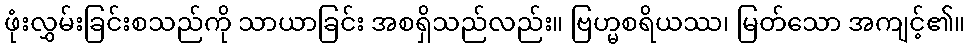
ဖုံးလွှမ်းခြင်းစသည်ကို သာယာခြင်း အစရှိသည်လည်း။ ဗြဟ္မစရိယဿ၊ မြတ်သော အကျင့်၏။